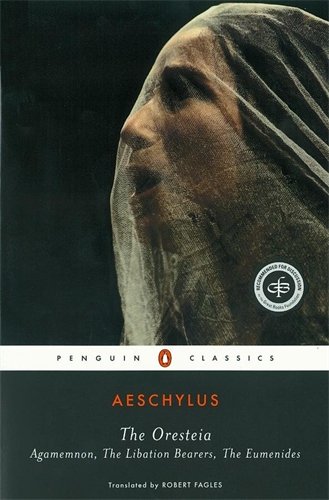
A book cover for The Oresteia: Agamemnon; The Libation Bearers; The Eumenides; Aeschylus; Literature & Fiction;